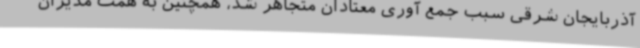
آذربایجان شرقی سبب جمع آوری معتادان متجاهر شد، همچنین به همت مدیران